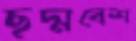
ছদ্মবেশ